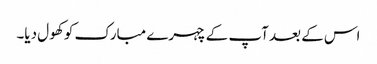
اس کے بعد آپ کے چہرے مبارک کو کھول دیا۔